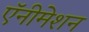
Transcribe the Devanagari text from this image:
ऍनीमेशन